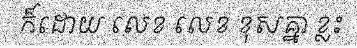
ក៏ដោយ លេខ លេខ ខុសគ្នា ខ្លះ